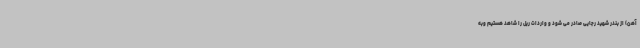
آهن) از بندر شهید رجایی صادر می شود و واردات ریل را شاهد هستیم وبه